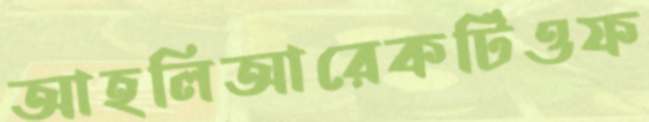
আহলিআরেকটিওফ